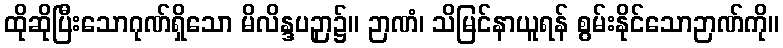
ထိုဆိုပြီးသောဂုဏ်ရှိသော မိလိန္ဒပဉှာ၌။ ဉာဏံ၊ သိမြင်နာယူရန် စွမ်းနိုင်သောဉာဏ်ကို။